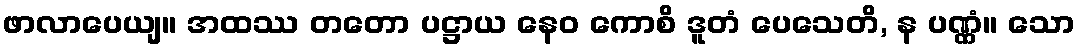
ဖာလာပေယျ။ အထဿ တတော ပဋ္ဌာယ နေဝ ကောစိ ဒူတံ ပေသေတိ, န ပဏ္ဏံ။ သော